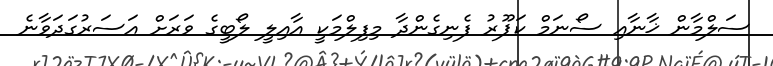
ސަލްމާން ޚާނާއި ސޯނަމް ކަޕޫރު ފެނިގެންދާ މިފިލްމަކީ އާއިލީ ލޯބީގެ ވަރަށް އަސަރުގަދަވާނެ